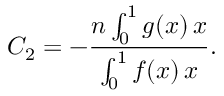
C _ { 2 } = - \frac { n \int _ { 0 } ^ { 1 } g ( x ) \, \d x } { \int _ { 0 } ^ { 1 } f ( x ) \, \d x } .